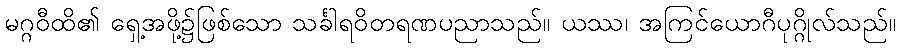
မဂ္ဂဝီထိ၏ ရှေ့အဖို့၌ဖြစ်သော သင်္ခါရဝိတရဏပညာသည်။ ယဿ၊ အကြင်ယောဂီပုဂ္ဂိုလ်သည်။